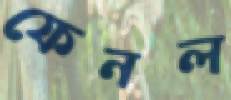
ফেনল